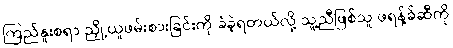
ကြည်နူးစရာ ညှို့ယူဖမ်းစားခြင်းကို ခံခဲ့ရတယ်လို့ သူ့ညီဖြစ်သူ ဖရန့်ခ်ဆီကို